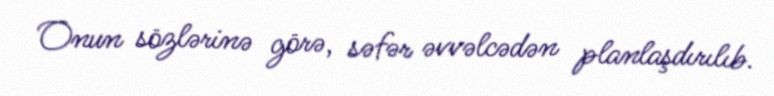
Onun sözlərinə görə, səfər əvvəlcədən planlaşdırılıb.